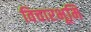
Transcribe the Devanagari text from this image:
विचारभूमि